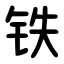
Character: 铁